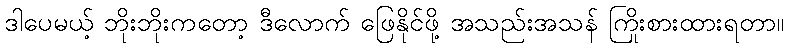
ဒါပေမယ့် ဘိုးဘိုးကတော့ ဒီလောက် ဖြေနိုင်ဖို့ အသည်းအသန် ကြိုးစားထားရတာ။